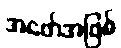
အဖော်အဖြစ်